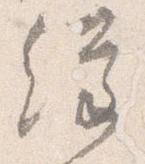
経